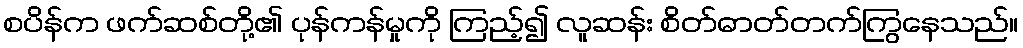
စပိန်က ဖက်ဆစ်တို့၏ ပုန်ကန်မှုကို ကြည့်၍ လူဆန်း စိတ်ဓာတ်တက်ကြွနေသည်။